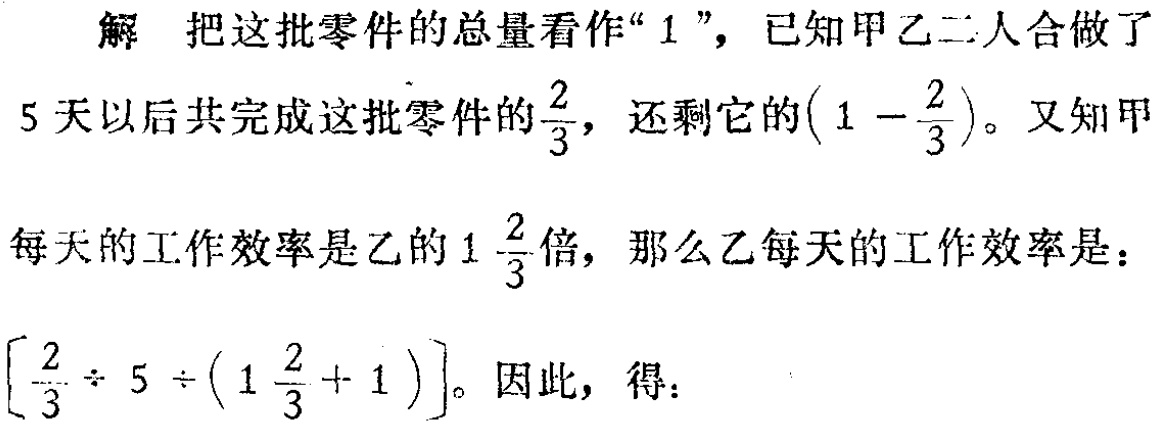
解 把这批零件的总量看作“$1$”，已知甲乙二人合做了

$5$天以后共完成这批零件的$\frac{2}{3}$，还剩它的$\left(1 - \frac{2}{3}\right)$。又知甲

每天的工作效率是乙的$1\frac{2}{3}$倍，那么乙每天的工作效率是：

$\left[\frac{2}{3} \div 5 \div \left(1\frac{2}{3} + 1\right)\right]$。因此，得：